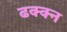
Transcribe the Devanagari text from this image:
ढक्क्न